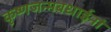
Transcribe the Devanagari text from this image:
कृष्णजन्मबधाईनां